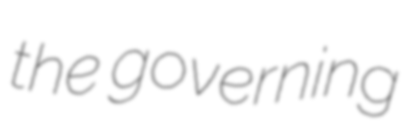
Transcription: the governing